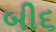
બી૬